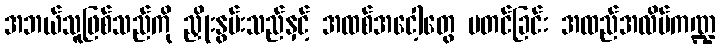
အဘယ်သူဖြစ်သည်ကို ညှိုးနွမ်းသည်နှင့် အထစ်အငေါ့တွေ မတင်ခြင်း အထည်အလိပ်ကဏ္ဍ